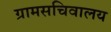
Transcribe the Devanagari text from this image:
ग्रामसचिवालय